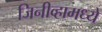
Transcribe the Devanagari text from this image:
जिनीव्हामध्ये